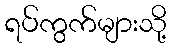
ရပ်ကွက်များသို့